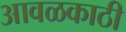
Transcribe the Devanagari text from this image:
आवळकाठी